Indian Medical Review
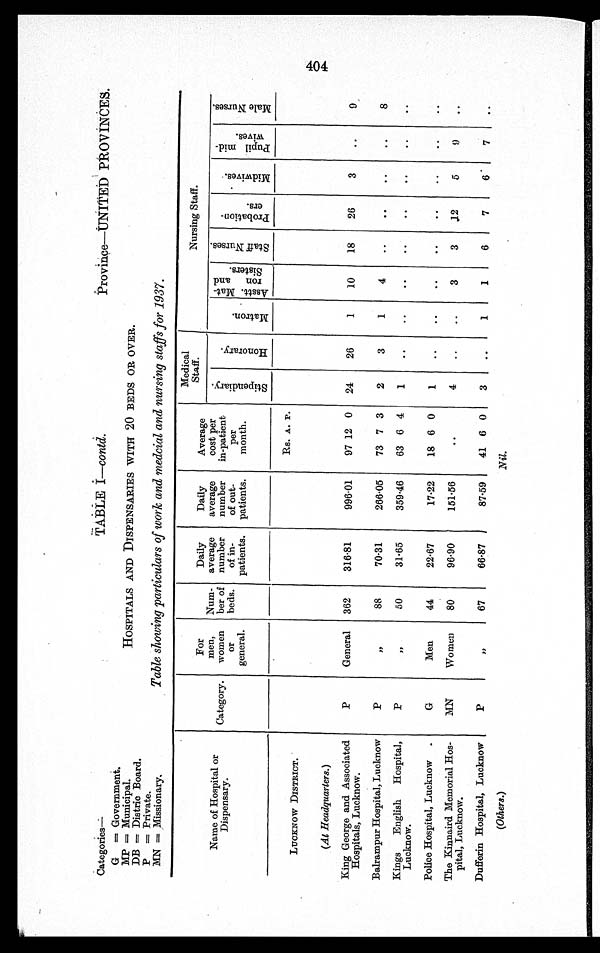
Categories—
G = Government.
MP = Municipal.
DB = Distric Board.
P = Private.
MN = Missionary.
TABLE I—contd.
Province—UNITED PROVINCES .
HOSPITALS AND DISPENSARIES WITH 20 BEDS OR OVER.
Table showing particulars of work and medcial and nursing staffs for 1937.
Name of Hospital or
Dispensary.
Category.
For
men,
women
or
general.
Num-
ber of
beds.
Daily
average
number
of in-
patients.
Daily
average
number
of out-
patients.
Average
cost per
in-patient
per
month.
Medical
Staff.
Nursing Staff.
S t i p e n d i a r y .
H o n o r a r y Mat ron.
A s s t . M a t - r o n a n d S i s t e r s .
S t a f f N u r s e s .
P r o b a t i o n - e r s .
M i s w i v e s .
P u p i l m i d - w i v e s .
M a l e N u r s e s .
LUCKNOW DISTRICT.
Rs. A. P.
(At Headquarters. )
King George and Associated
ospitals, Lucknow.
P
General 362 316.81
996.01 97 12 0 24 26
1 10 18 26
3
9
Balrampur Hospital, Lucknow
P
"
88
70.31
266.05 73 7 3 2
3
1
4
8
Kings English Hospital,
Lucknow.
P
"
50
31.65
359.46 63 6 4 1
Police Hospital, Lucknow
G
Men
44
22.67
17.22 18 6 0 1
The Kinnaird Memorial Hos-
pital, Lucknow.
MN
Women 80
96.90
151.56
4
3
3
1 2
5
9
Dufferin Hospital, Lucknow
P
"
67
66.87
87.59 41 6 0 3
1
1
6
7
6
7
(Others.)
Nil.
404